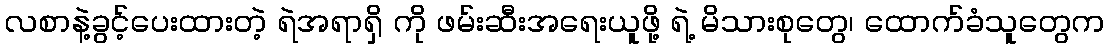
လစာနဲ့ခွင့်ပေးထားတဲ့ ရဲအရာရှိ ကို ဖမ်းဆီးအရေးယူဖို့ ရဲ့ မိသားစုတွေ၊ ထောက်ခံသူတွေက